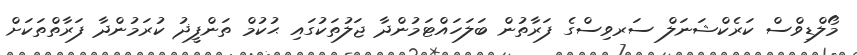
މޯލްޑިވްސް ކަރެކްޝަނަލް ސަރވިސްގެ ފަރާތުން ބަލަހައްޓަމުންދާ ޖަލުތަކުގައި ޙުކުމް ތަންފީޛު ކުރަމުންދާ ފަރާތްތަކަށް